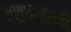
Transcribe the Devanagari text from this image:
पाहण्याऐवजी